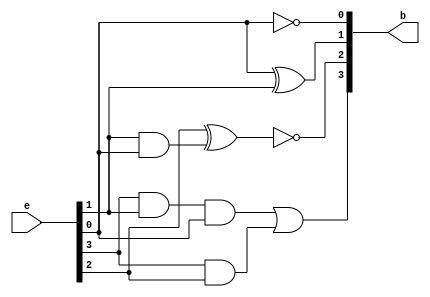
module excess3_to_bcd(b,e);
input [3:0]e;

output [3:0]b;

not (b[0],e[0]);

xor(b[1],e[0],e[1]);

wire ande1e2;

and (ande1e2,e[1],e[0]);

xnor(b[2],e[2],ande1e2);

wire ande3e1e0;
wire ande3e2;
and(ande3e2,e[3],e[2]);
and(ande3e1e0,e[3],e[1],e[0]);

or(b[3],ande3e1e0,ande3e2);

endmodule

module excess3_to_bcd_test;
reg [3:0]excess3;
wire [3:0] bcd;
excess3_to_bcd extobc(.b(bcd),
	.e(excess3)
	);

initial 
begin

 #0 excess3 = 4'b0011;
#100 excess3 = 4'b0100;
#100 excess3 = 4'b0101;
#100 excess3 = 4'b0110;
#100 excess3 = 4'b0111;
#100 excess3 = 4'b1000;
#100 excess3 = 4'b1001;
#100 excess3 = 4'b1010;
#100 excess3 = 4'b1011;
#100 excess3 = 4'b1100;
#100 excess3 = 4'b1101;
#100 excess3 = 4'b1110;
#100 excess3 = 4'b1111;

end


 endmodule